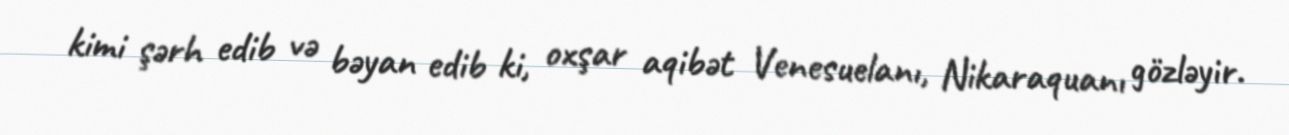
kimi şərh edib və bəyan edib ki, oxşar aqibət Venesuelanı, Nikaraquanı gözləyir.